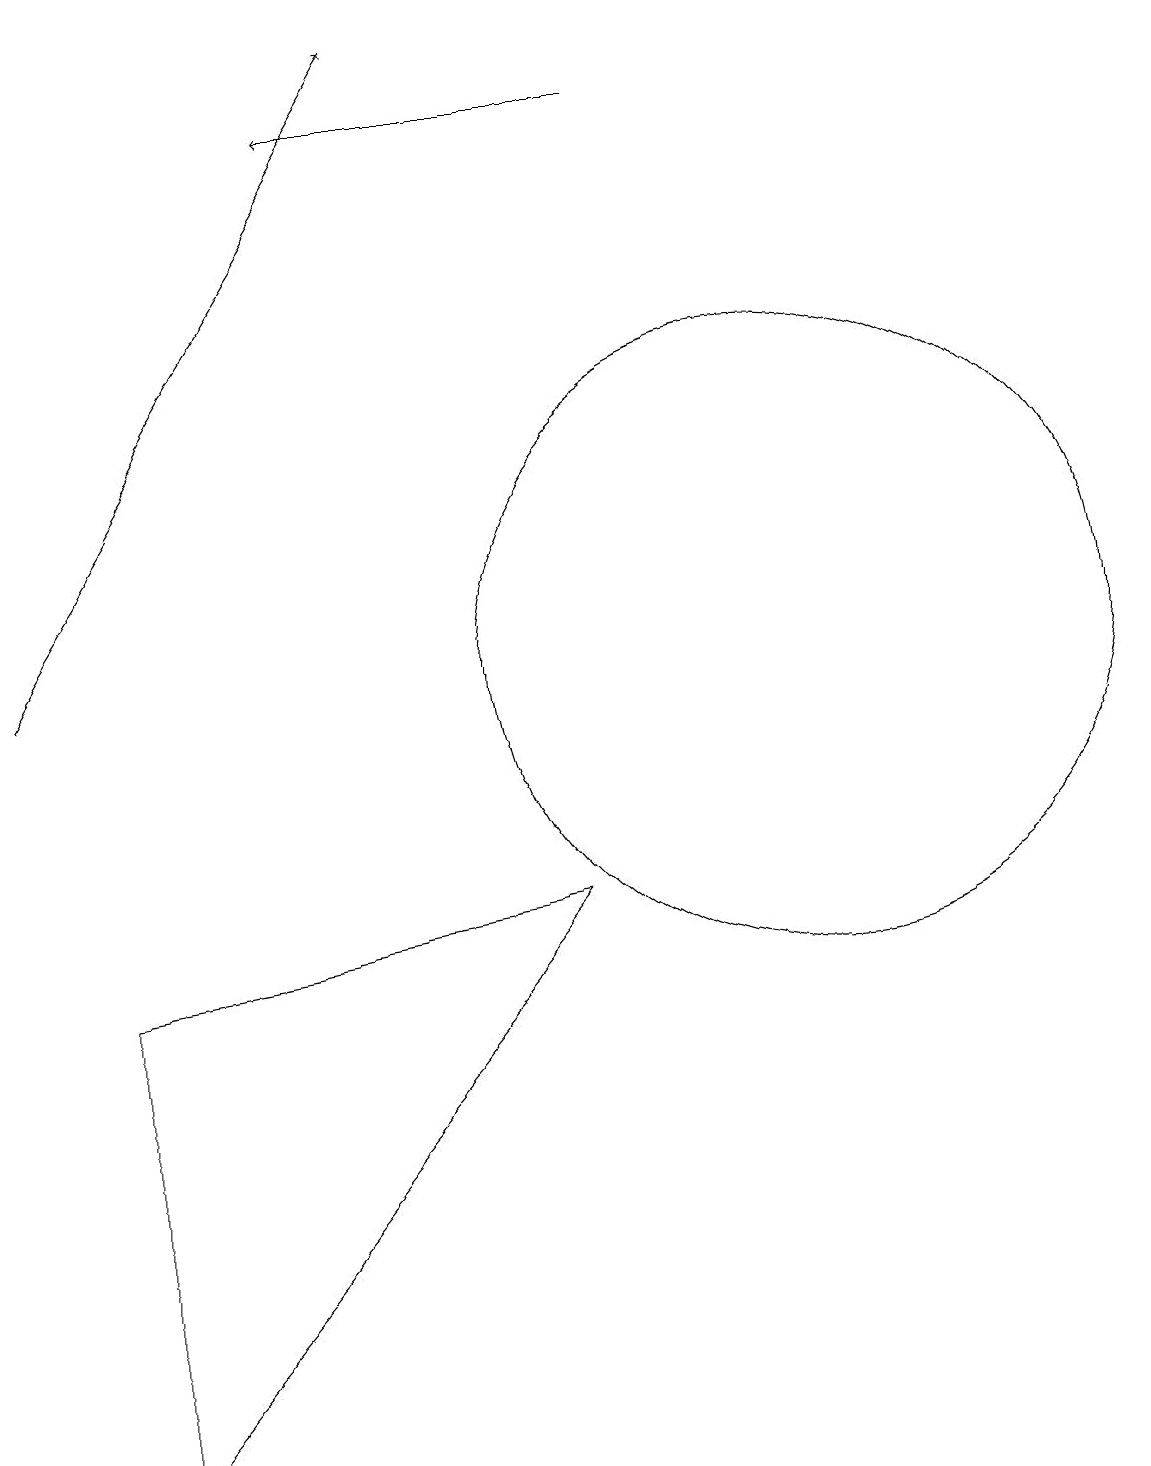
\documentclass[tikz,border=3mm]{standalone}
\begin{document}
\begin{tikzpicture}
\draw[->] (8,18) -- (4,18);
\draw[->] (0,11) -- (5,19);
\draw (1,1) -- (7,8) -- (1,7) -- cycle;
\draw (10,11) circle (4);
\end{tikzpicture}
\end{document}